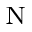
_ \mathrm { N }